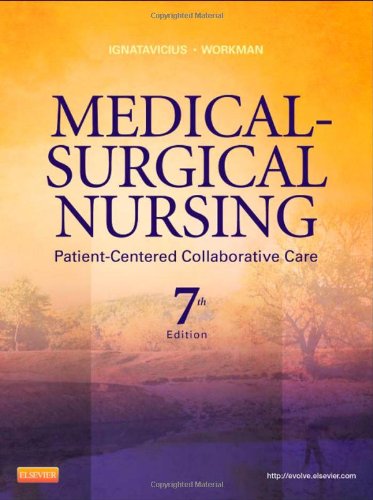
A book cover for Medical-Surgical Nursing: Patient-Centered Collaborative Care, Single Volume, 7e (Ignatavicius, Medical-Surgical Nursing, Single Vol); Donna D. Ignatavicius MS  RN  ANEF; Medical Books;